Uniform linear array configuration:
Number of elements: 16
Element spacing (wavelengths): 0.75
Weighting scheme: cosine
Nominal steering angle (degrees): -15
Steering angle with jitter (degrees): -16.969
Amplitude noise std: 0.05
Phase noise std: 0.05

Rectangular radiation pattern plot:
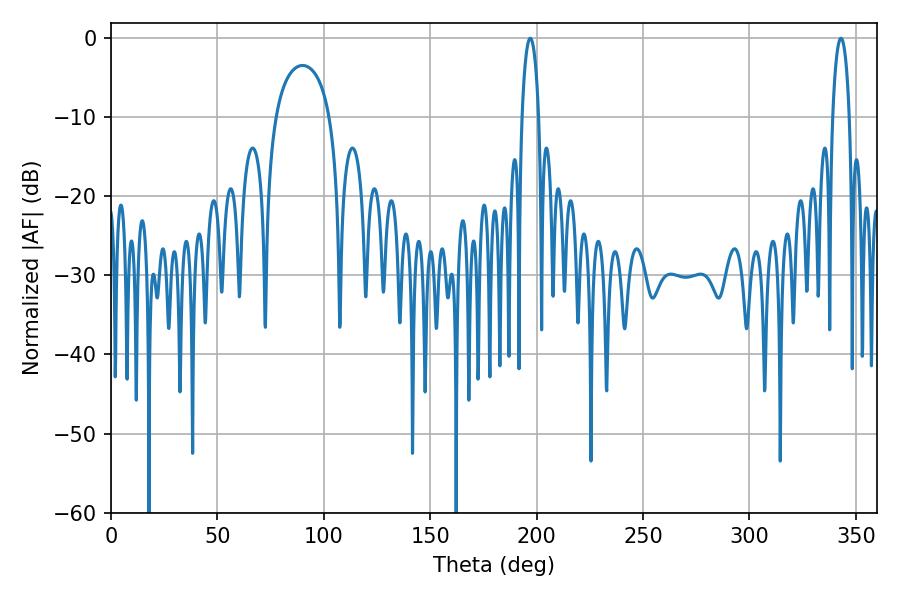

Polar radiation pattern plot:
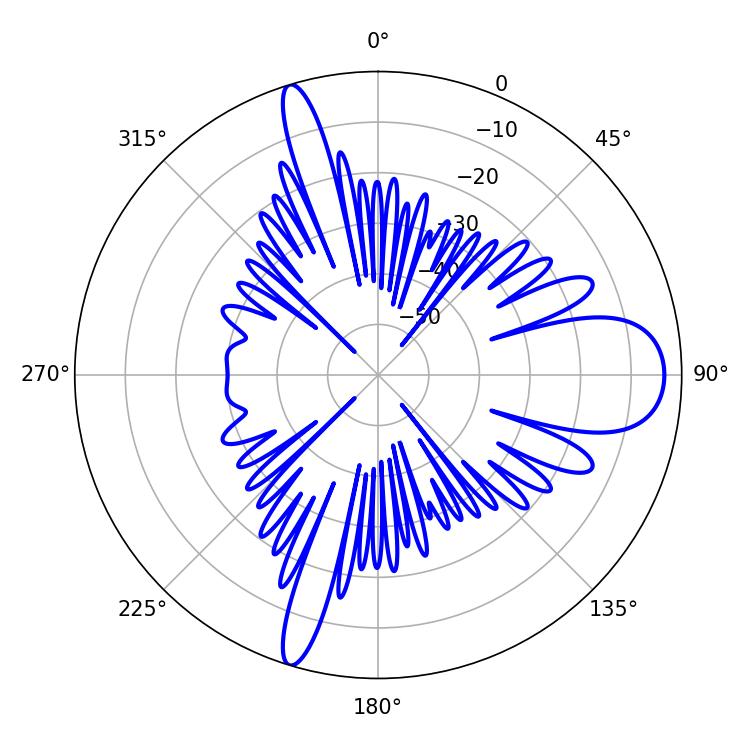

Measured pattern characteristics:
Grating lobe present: TRUE
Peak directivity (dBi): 12.932
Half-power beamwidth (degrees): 4.5
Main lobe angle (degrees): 196.92